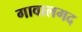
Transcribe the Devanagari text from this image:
गावालगद